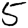
Digit: 5